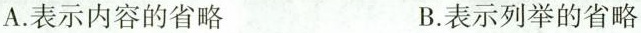
A.表示内容的省略 B.表示列举的省略